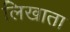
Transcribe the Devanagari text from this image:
लिखाता